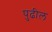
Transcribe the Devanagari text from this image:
पुुढील